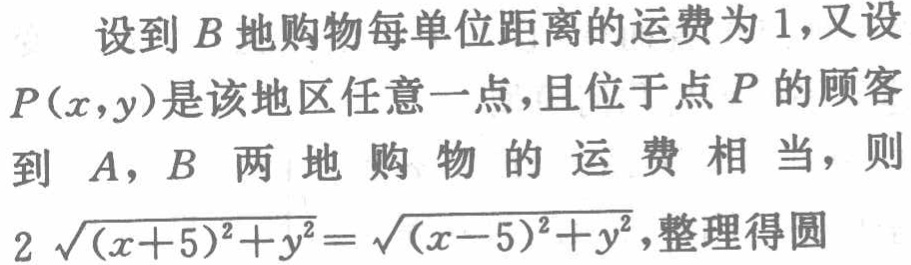
设到\(B\)地购物每单位距离的运费为\(1\)，又设\(P(x,y)\)是该地区任意一点，且位于点\(P\)的顾客到 \(A\)，\(B\) 两地购物的运费相当，则\(2\sqrt{(x + 5)^2 + y^2}=\sqrt{(x - 5)^2 + y^2}\)，整理得圆